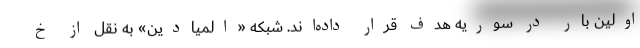
اولین بار در سوریه هدف قرار داده‌اند. شبکه «المیادین» به نقل از خ